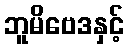
ဘူမိဗေဒနှင့်